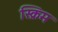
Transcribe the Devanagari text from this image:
स्क्रिम